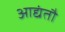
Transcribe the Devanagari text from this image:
आद्यंतौ